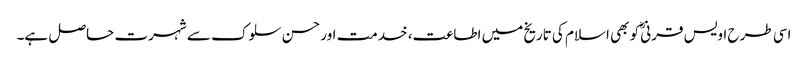
اسی طرح اویس قرنیؓ کو بھی اسلام کی تاریخ میں اطاعت، خدمت اور حسن سلوک سے شہرت حاصل ہے۔